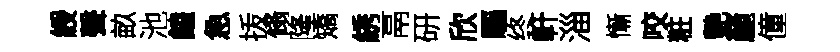
綬聲畝池饁急㧞翛隆矯綉鬲研欣驅终軒淄慚咬粧艷䴡僮